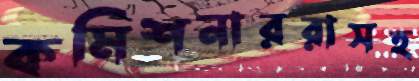
কমিশনাররাসহ